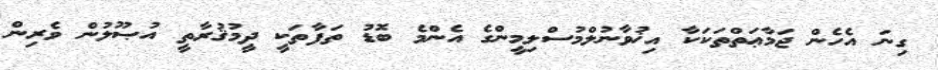
ގިނަ އެހެން ޖަމާޢަތްތަކަކާ އިޚުވާނުލްމުސްލިމީންގެ އެންމެ ބޮޑު ތަފާތަކީ ދީމުޤުރާތީ އުޞޫލުން ވެރިން